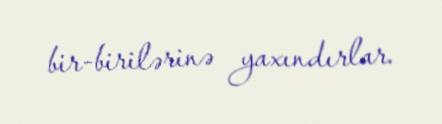
bir-birilərinə yaxındırlar.